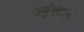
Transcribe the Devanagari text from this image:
अर्जुनदेवांनी